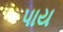
પાય